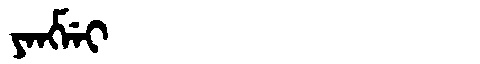
Manchu: ᠶᠠᠩᠮᡝᡳ
Romanization: YANGMEI